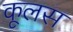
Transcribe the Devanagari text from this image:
कूलस